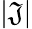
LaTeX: |\mathfrak{J}|